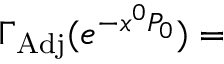
\Gamma _ { \mathrm { A d j } } ( e ^ { - x ^ { 0 } P _ { 0 } } ) =